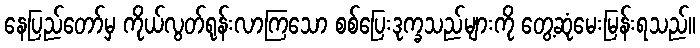
နေပြည်တော်မှ ကိုယ်လွတ်ရုန်းလာကြသော စစ်ပြေးဒုက္ခသည်များကို တွေ့ဆုံမေးမြန်းရသည်။